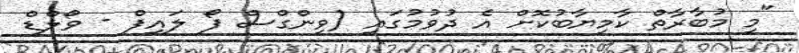
"މި މުބާރާތް ކާމިޔާބުކޮށް އެ ދުވުމުގައި (ވިންގްސް ފޯ ލައިފް - ވޯލްޑް